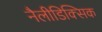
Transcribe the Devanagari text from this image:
नैलीडिक्सिक